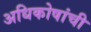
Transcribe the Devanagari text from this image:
अधिकोषांची